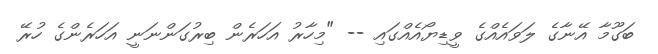
ބަގޫމާ އޭނާގެ ލަވައެއްގެ ވީޑިޔޯއެއްގައި -- "މިހާރު އަހަރެން ބިރުގަންނަނީ އަހަރެންގެ ހުރޭ